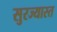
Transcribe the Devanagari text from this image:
सुरज्यास्त